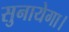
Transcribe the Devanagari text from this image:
सुनायेगा।